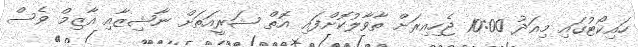
ހައިކޯޓުގައި މިއަދު 10:00 ޖެހިއިރަށް ތާވާލުކޮށްފައި އޮތް ޝަރީއަތަށް ނާޝިޒާއި އާޒިމް ވެސް